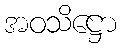
အဝသိဋ္ဌော